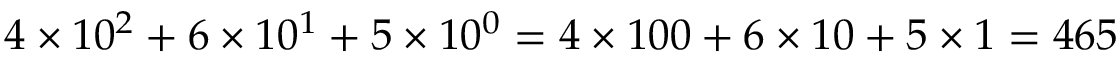
4 \times 1 0 ^ { 2 } + 6 \times 1 0 ^ { 1 } + 5 \times 1 0 ^ { 0 } = 4 \times 1 0 0 + 6 \times 1 0 + 5 \times 1 = 4 6 5